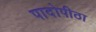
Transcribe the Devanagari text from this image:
पादोपीठा